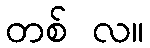
တစ် လ။